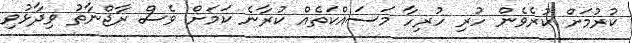
ކުރުމަށް ކުރެވެން ހުރި ހުރިހާ މަސައްކަތެއް ކުރާނެ ކަމަށް ވެސް ރާޖްނާތު ވިދާޅުވި